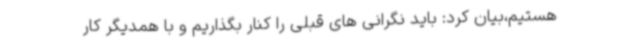
هستیم،بیان کرد: باید نگرانی های قبلی را کنار بگذاریم و با همدیگر کار